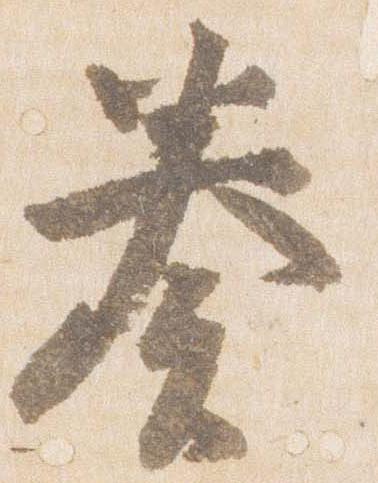
奏